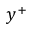
y ^ { + }